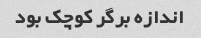
اندازه برگر کوچک بود